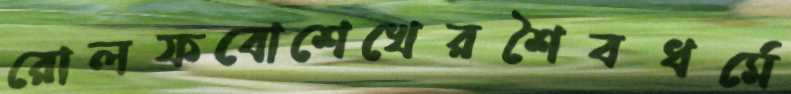
রোলফবোশেখেরশৈবধর্মে